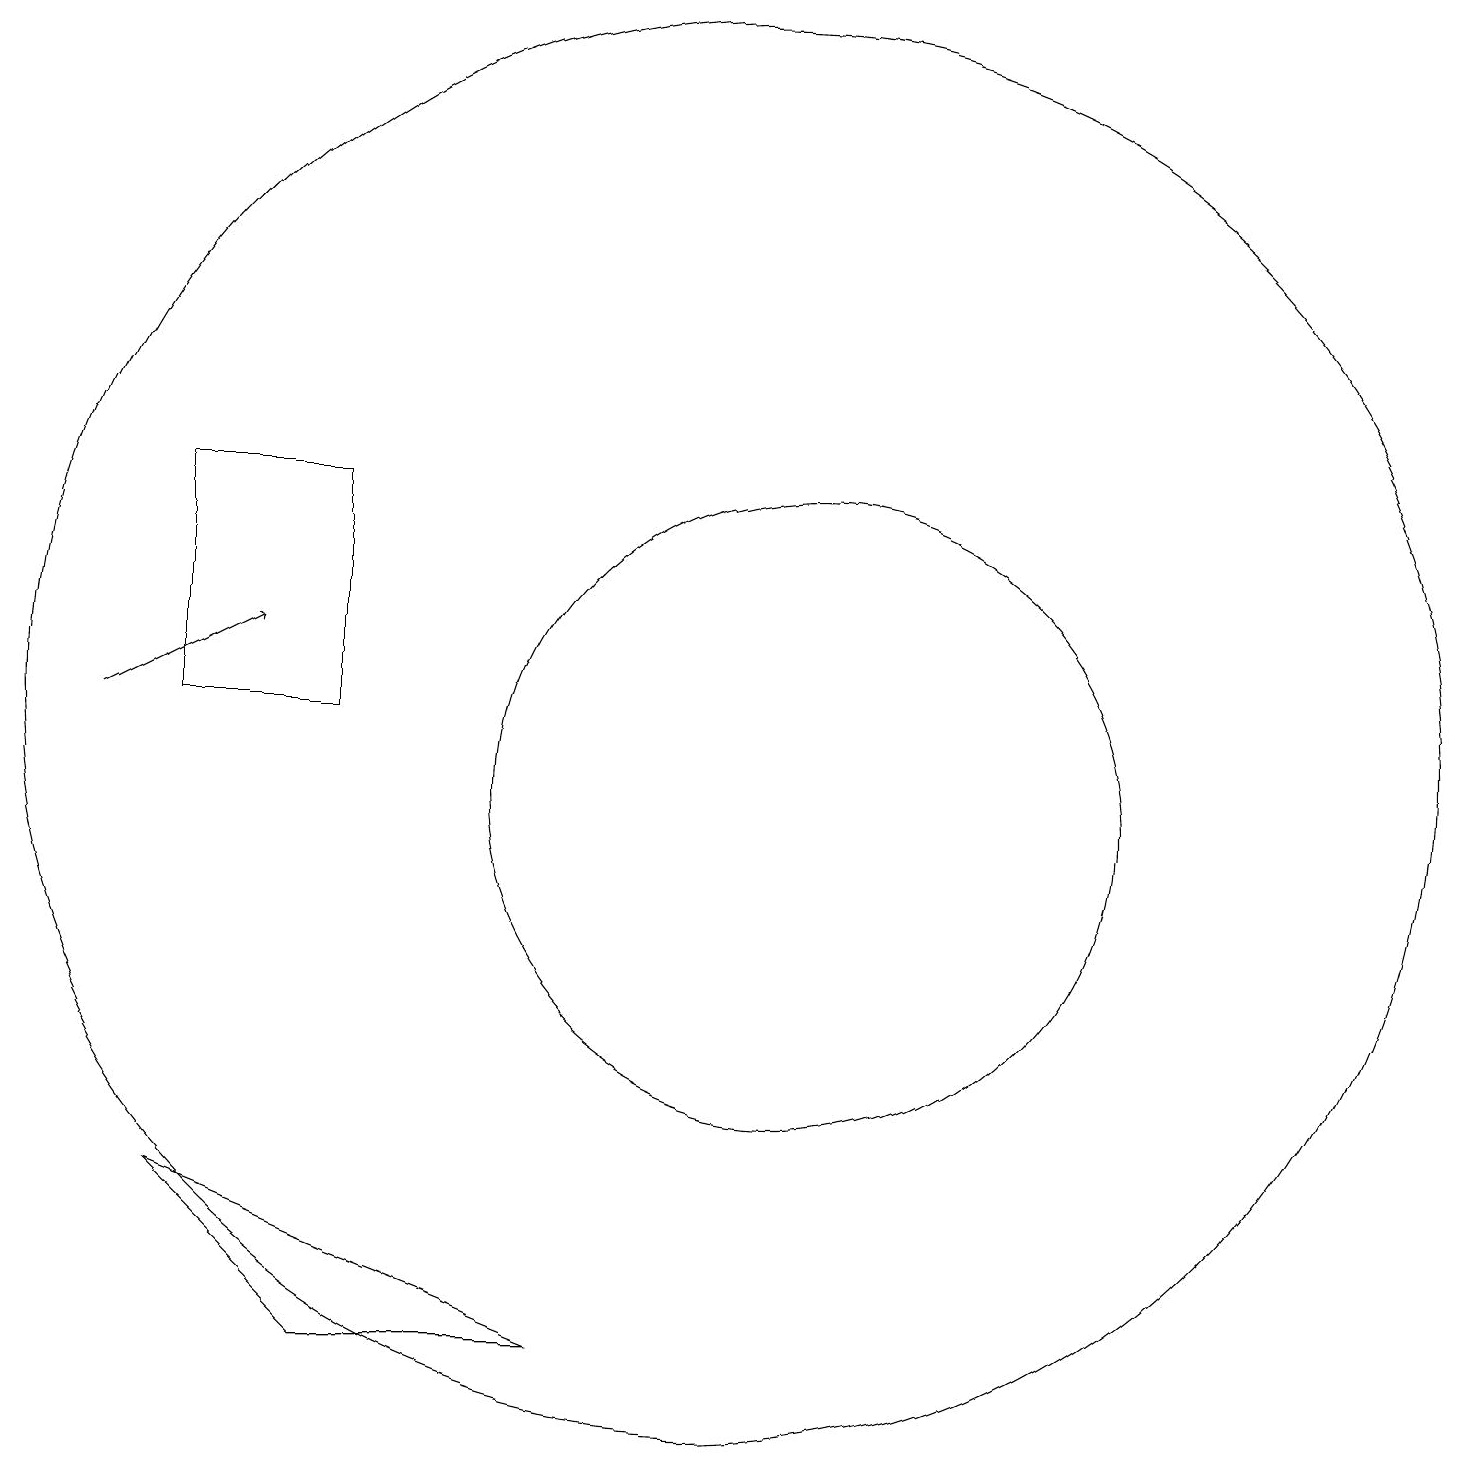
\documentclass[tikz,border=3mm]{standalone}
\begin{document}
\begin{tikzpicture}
\draw[->] (3,11) -- (5,12);
\draw (6,3) -- (4,5) -- (9,3) -- cycle;
\draw (11,11) circle (9);
\draw (6,14) rectangle (4,11);
\draw (12,10) circle (4);
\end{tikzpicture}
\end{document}